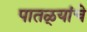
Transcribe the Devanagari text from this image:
पातळ्यांचे